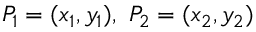
P _ { 1 } = ( x _ { 1 } , y _ { 1 } ) , \ P _ { 2 } = ( x _ { 2 } , y _ { 2 } )